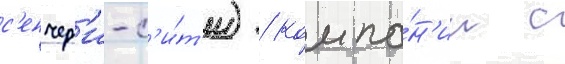
с'енчер'и-с'и́т'и) / компа́н'ии с